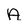
Character: A